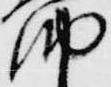
納